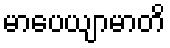
မာပေယျာမာတိ